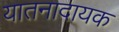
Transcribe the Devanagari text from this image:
यातनादायक